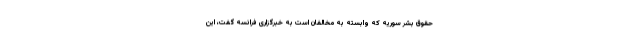
حقوق بشر سوریه که وابسته به مخالفان است به خبرگزاری فرانسه گفت، این